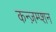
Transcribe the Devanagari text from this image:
कन्ज़म्प्शन